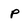
Character: P